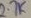
Text: 2.7k